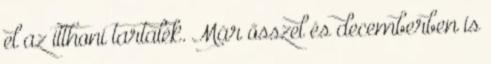
el az itthoni tartalék. Már ősszel és decemberben is